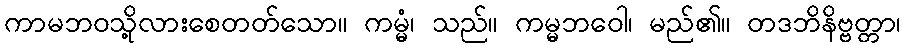
ကာမဘဝသို့လားစေတတ်သော။ ကမ္မံ၊ သည်။ ကမ္မဘဝေါ၊ မည်၏။ တဒဘိနိဗ္ဗတ္တာ၊